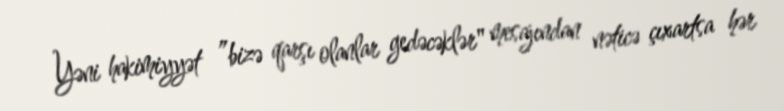
Yəni hakimiyyət ”bizə qarşı olanlar gedəcəklər" mesajından nəticə çıxartsa hər